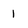
Character: I